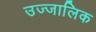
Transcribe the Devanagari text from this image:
उज्जालिक